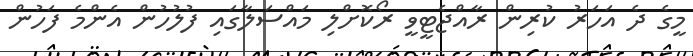
މީގެ ދެ އަހަރު ކުރިން ރާއްޖެޓީވީ ރޯކޮށްލި މައްސަލާގައި ފުލުހުން އެންމެ ފަހުން